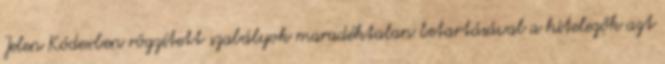
Jelen Kódexben rögzített szabályok maradéktalan betartásával a hitelezők azt